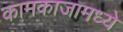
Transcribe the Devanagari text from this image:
कामकाजामध्ये